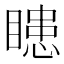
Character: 瞣